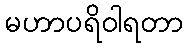
မဟာပရိဝါရတာ